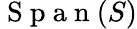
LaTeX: \mathrm{~S~p~a~n~}(S)